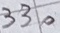
Text: 330